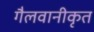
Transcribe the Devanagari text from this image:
गैलवानीकृत